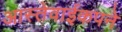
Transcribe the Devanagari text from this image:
आस्तेवाईकपने